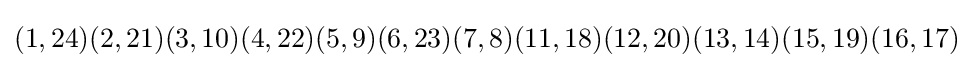
(1,24)(2,21)(3,10)(4,22)(5,9)(6,23)(7,8)(11,18)(12,20)(13,14)(15,19)(16,17)